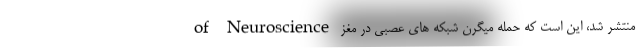
of Neuroscience منتشر شد، این است که حمله میگرن شبکه های عصبی در مغز